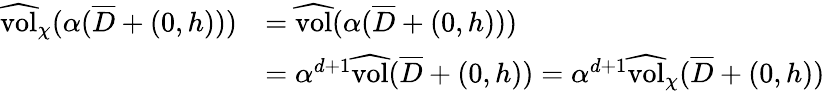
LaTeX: \begin{array}{rl}{\widehat{\mathrm{vol}}_{\chi}(\alpha(\overline{D}+(0,h)))}&{=\widehat{\mathrm{vol}}(\alpha(\overline{D}+(0,h)))}\\ &{=\alpha^{d+1}\widehat{\mathrm{vol}}(\overline{D}+(0,h))=\alpha^{d+1}\widehat{\mathrm{vol}}_{\chi}(\overline{D}+(0,h))}\end{array}